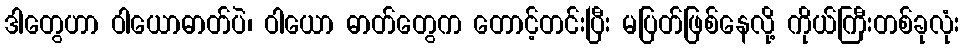
ဒါတွေဟာ ဝါယောဓာတ်ပဲ၊ ဝါယော ဓာတ်တွေက တောင့်တင်းပြီး မပြတ်ဖြစ်နေလို့ ကိုယ်ကြီးတစ်ခုလုံး